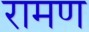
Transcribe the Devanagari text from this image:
रामण